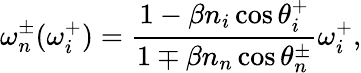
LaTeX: \omega_{n}^{\pm}(\omega_{i}^{+})=\frac{1-\beta n_{i}\cos\theta_{i}^{+}}{1\mp\beta n_{n}\cos\theta_{n}^{\pm}}\omega_{i}^{+},